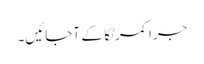
جرا کمر ٹِکا کے آجائیں۔